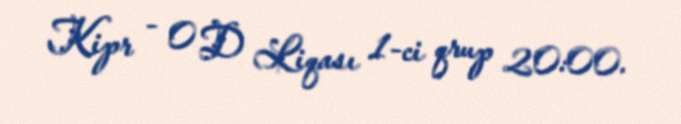
Kipr - 0 D Liqası 1-ci qrup 20:00.